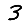
Digit: 3